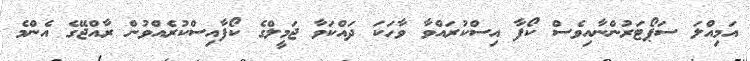
އަމިއްލަ ސަޕޯޓަރުންނާއިވެސް ކޯފާ އިސްކުރައްވާ ވާހަކަ ދައްކަވާ ޖަމީލްގެ ކޯފާއިސްކުރެއްވުން ރާއްޖޭގެ އެންމެ